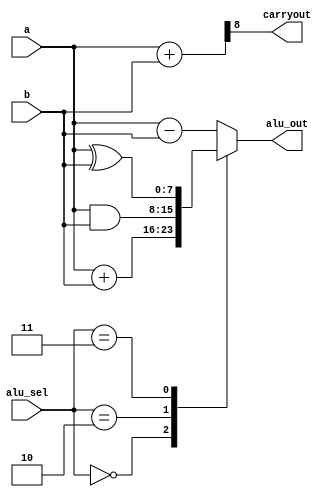
module alu (input [7:0] a,b, 
            input [3:0] alu_sel, 
            output [7:0] alu_out, 
            output carryout);
        
        reg [7:0] alu_result;
        wire [8:0] tmp;
        assign alu_out = alu_result;
        assign tmp = {1'b0,a} + {1'b0,b}; //this is for keeping carryout low
        assign carryout = tmp[8];
always @ (*)
    begin
        case(alu_sel)
            4'b0000:
            alu_result = a+b;
            4'b0001:
            alu_result = a-b;
            4'b0010:
            alu_result = a&b;
            4'b0011:
            alu_result = a^b;
            default: alu_result = a-b;
        endcase
    end


endmodule